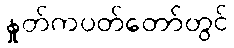
နှုတ်ကပတ်တော်တွင်